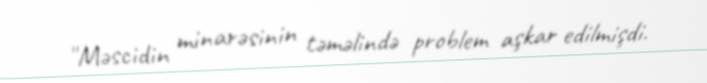
''Məscidin minarəsinin təməlində problem aşkar edilmişdi.